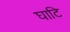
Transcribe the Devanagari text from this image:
घाटि